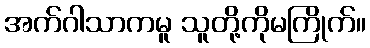
အက်ဂါသာကမူ သူတို့ကိုမကြိုက်။